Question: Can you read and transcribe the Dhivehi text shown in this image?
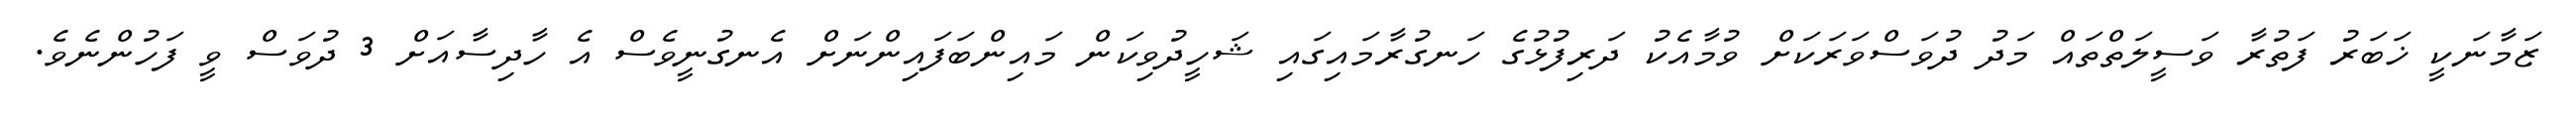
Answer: ޒަމާނަކީ ޚަބަރު ފަތުރާ ވަސީލަތްތައް މަދު ދުވަސްވަރަކަށް ވުމާއެކު ދަރިފުޅުގެ ހަނގުރާމައިގައި ޝަހީދުވިކަން މައިންބަފައިންނަށް އެނގުނީވެސް އެ ހާދިސާއަށް 3 ދުވަސް ވީ ފަހުންނެވެ.